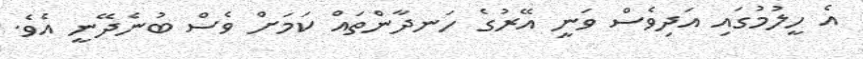
އެ ހީލުމުގައި އަދިވެސް ވަނީ އޭރުގެ ހަނދާންތައް ކަމަށް ވެސް ބުނެދޭނީ އެވެ.